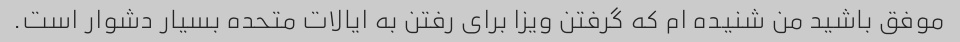
موفق باشید من شنیده ام که گرفتن ویزا برای رفتن به ایالات متحده بسیار دشوار است.